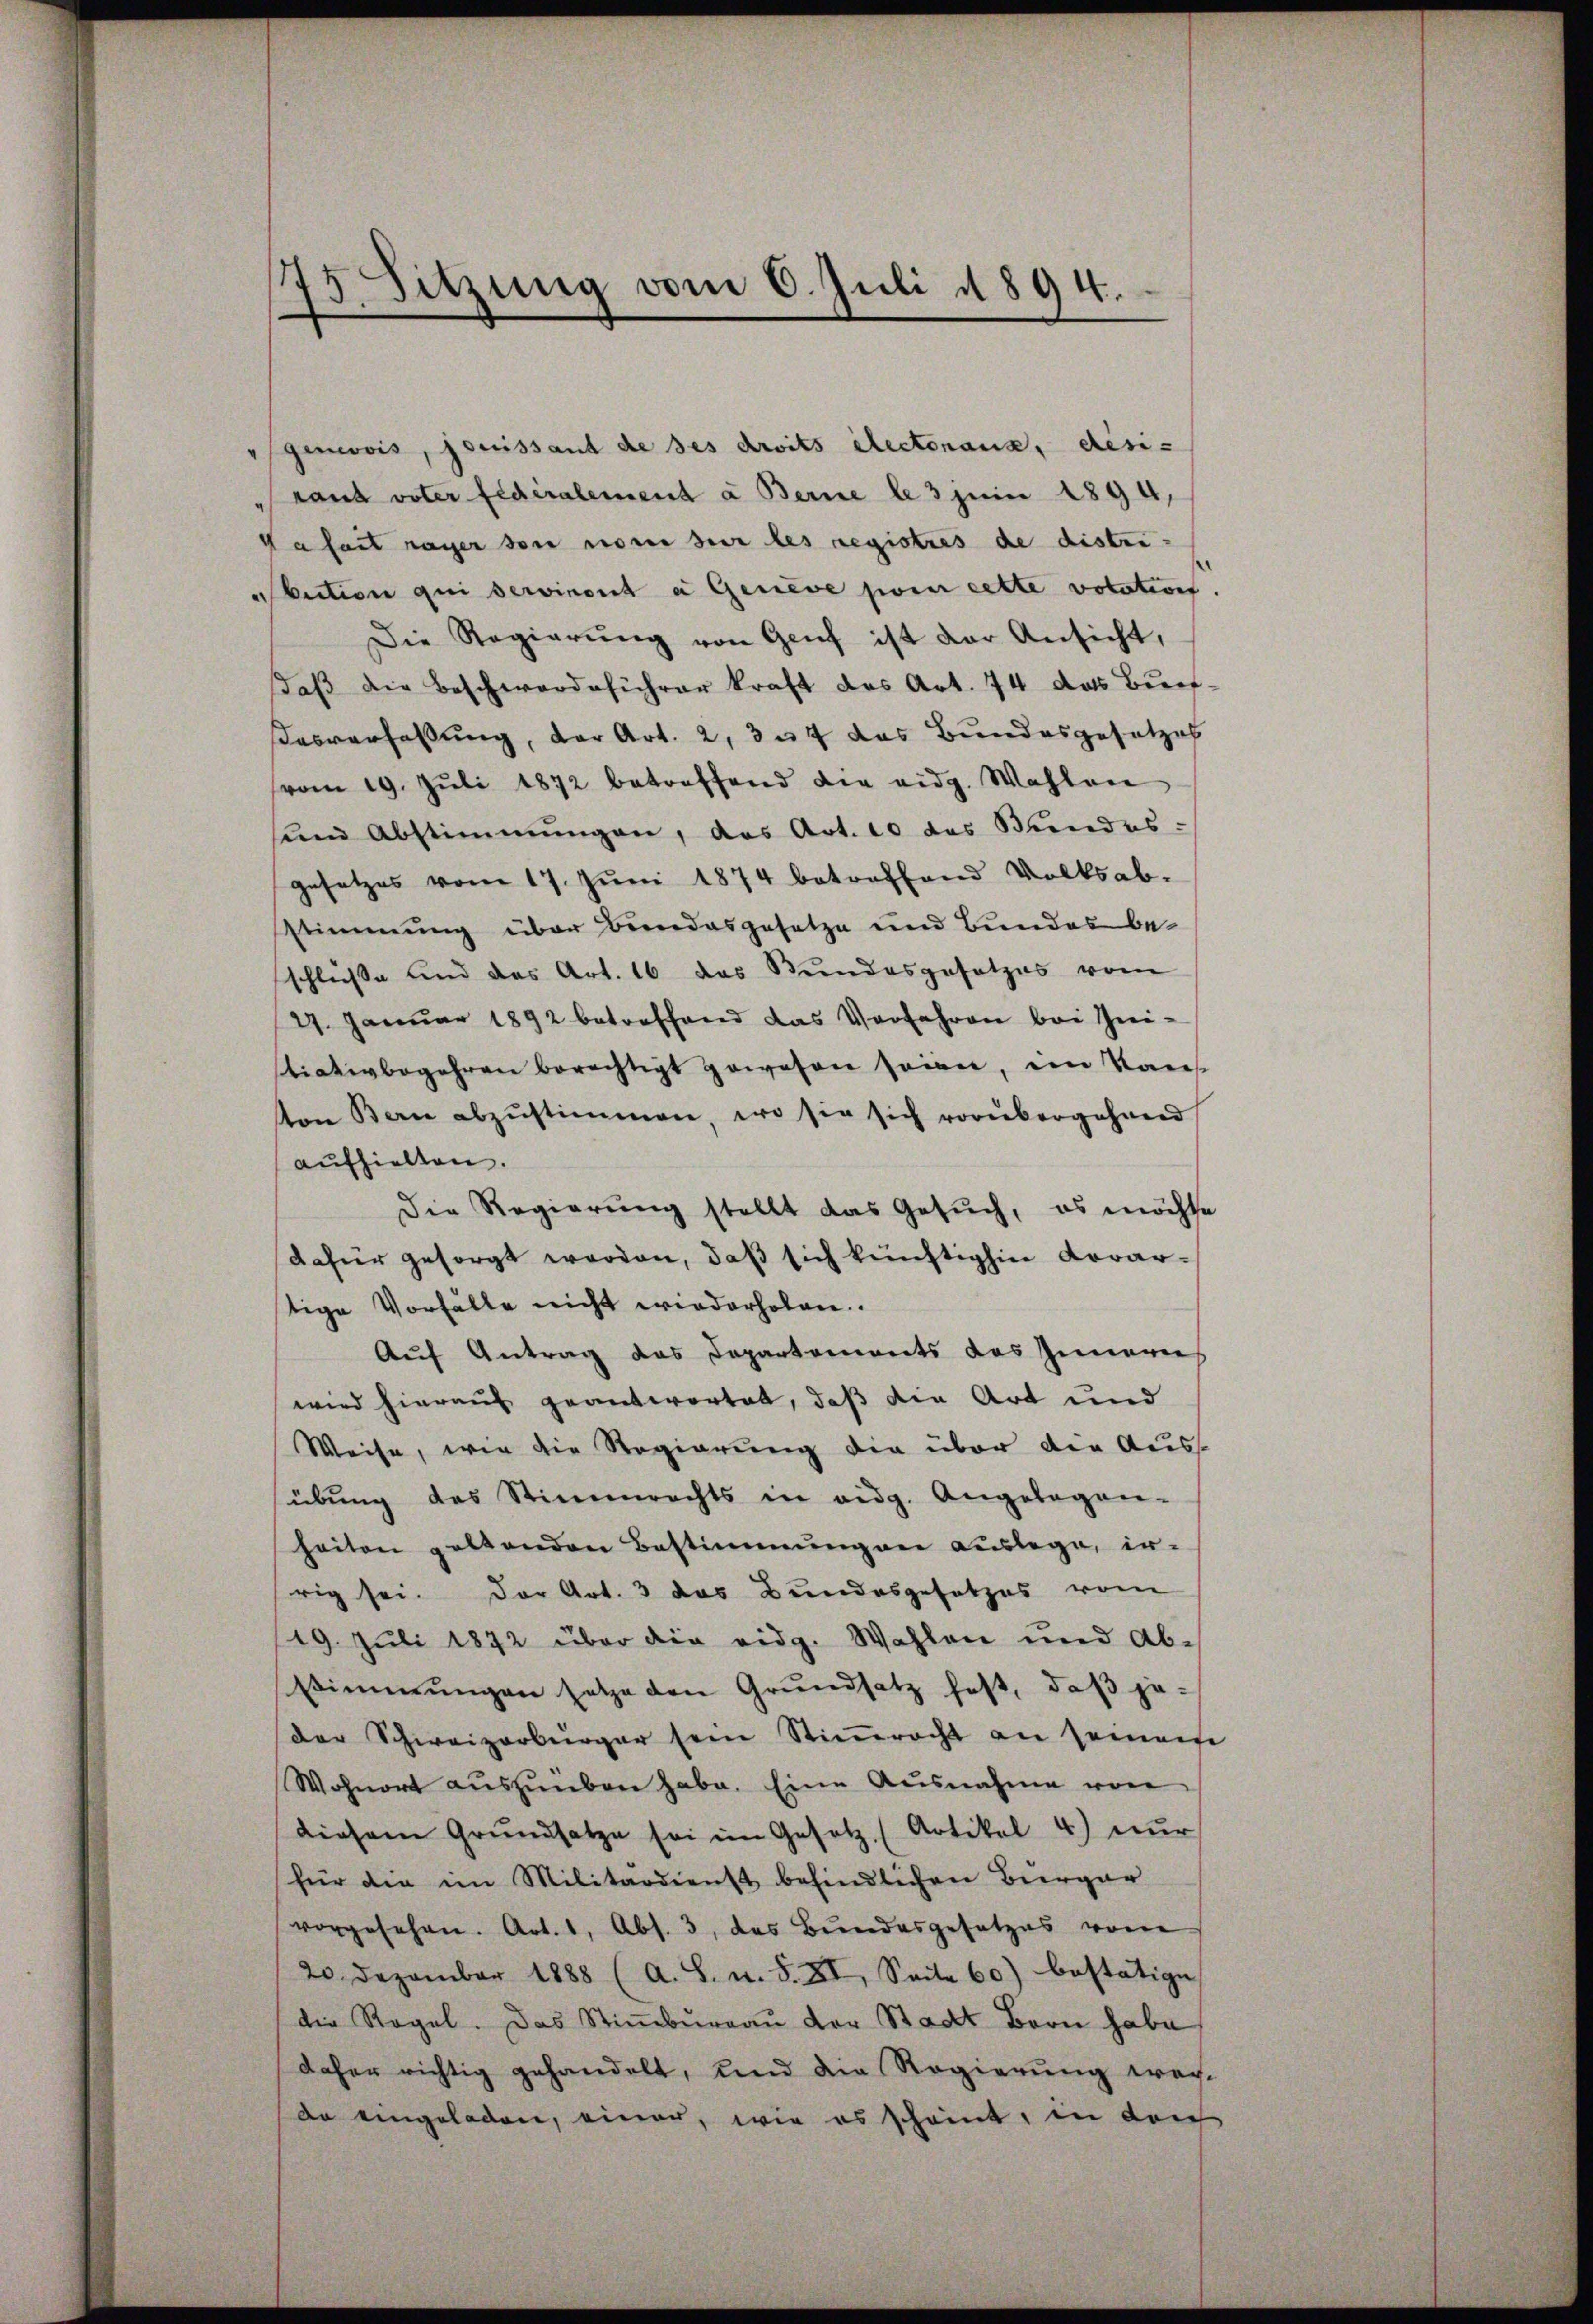
1
5. Sitzung vom 6. Juli 1894.

" genois, jouissant de ses droits électorana, desi-
Laut voter fidéralement à Berne le 3 juni 1894,
afait payer von non sur les registres de distri
Auction qui serviront a Geneve pour cette votation
Die Regierŭng von Genf ist der Ansicht,
daβ die Beschwerdeführer kraft des Art. 74 das Buch¬
Dasverfassung, der Art. 2, 37 das Bundesgesetzes
vom 19. Jŭli 1872 betreffend die eidg. Wahlen
sund Abstimmungen, das Art. 10 das Bundes-
gesetzes vom 17. Jŭni 1874 betreffend Volksab-
stimmung über Bundesgesetze und Bundes be-
schluße und das Art. 16 das Stundesgesetzes vom
27. Januar 1892 betreffend das Verfahren bei Sei-
tiativbegehren berechtigt gewesen seien, im Kaus
ton Bern abzustimmen, wo sie sich vorübergehend
aufhielten.
Die Regierung stellt das Gesŭch, es möchte
dafür gesorgt worden, daß sich künftighin Vorarstige Vorfälle nicht wiederholen.
Auf Antrag das Departements des Innern
wird hierauf geantwortet, daß die Art und
Weise, wie die Regierung die über die Auss
sübung des Stimmrechts in eidg. Angelegen-
heiten geltenden Bestimmung der Auslege, ir-
rig sei. Der Art. 3 das Bundesgesetzes vom
19. Juli 1872 über die eidg. Wahlen und Ab-
stimmungen setze den Grundsatz fest, daβ je-
der Schweizerbürger sein Stiṁracht an seinaufe
Wohnort aŭszŭüben habe. Eine Ausnahme von
diesem Grundsatze sei im Gesetz (Artikel 4) nur
für die im Militärdienst befindlichen Bürger
vorgesehen. Art. 1, Abs. 3, das Bundesgesetzes vom
20. Dezember 1888 (A. S. n. F. XI. Seite 60) bestätige
die Regel. Das Stiṁbŭrgaŭ der Stadt Bern habe
daher richtig gehandelt, und die Regierung wech-
da eingeladen, einer, wie es scheint, in der